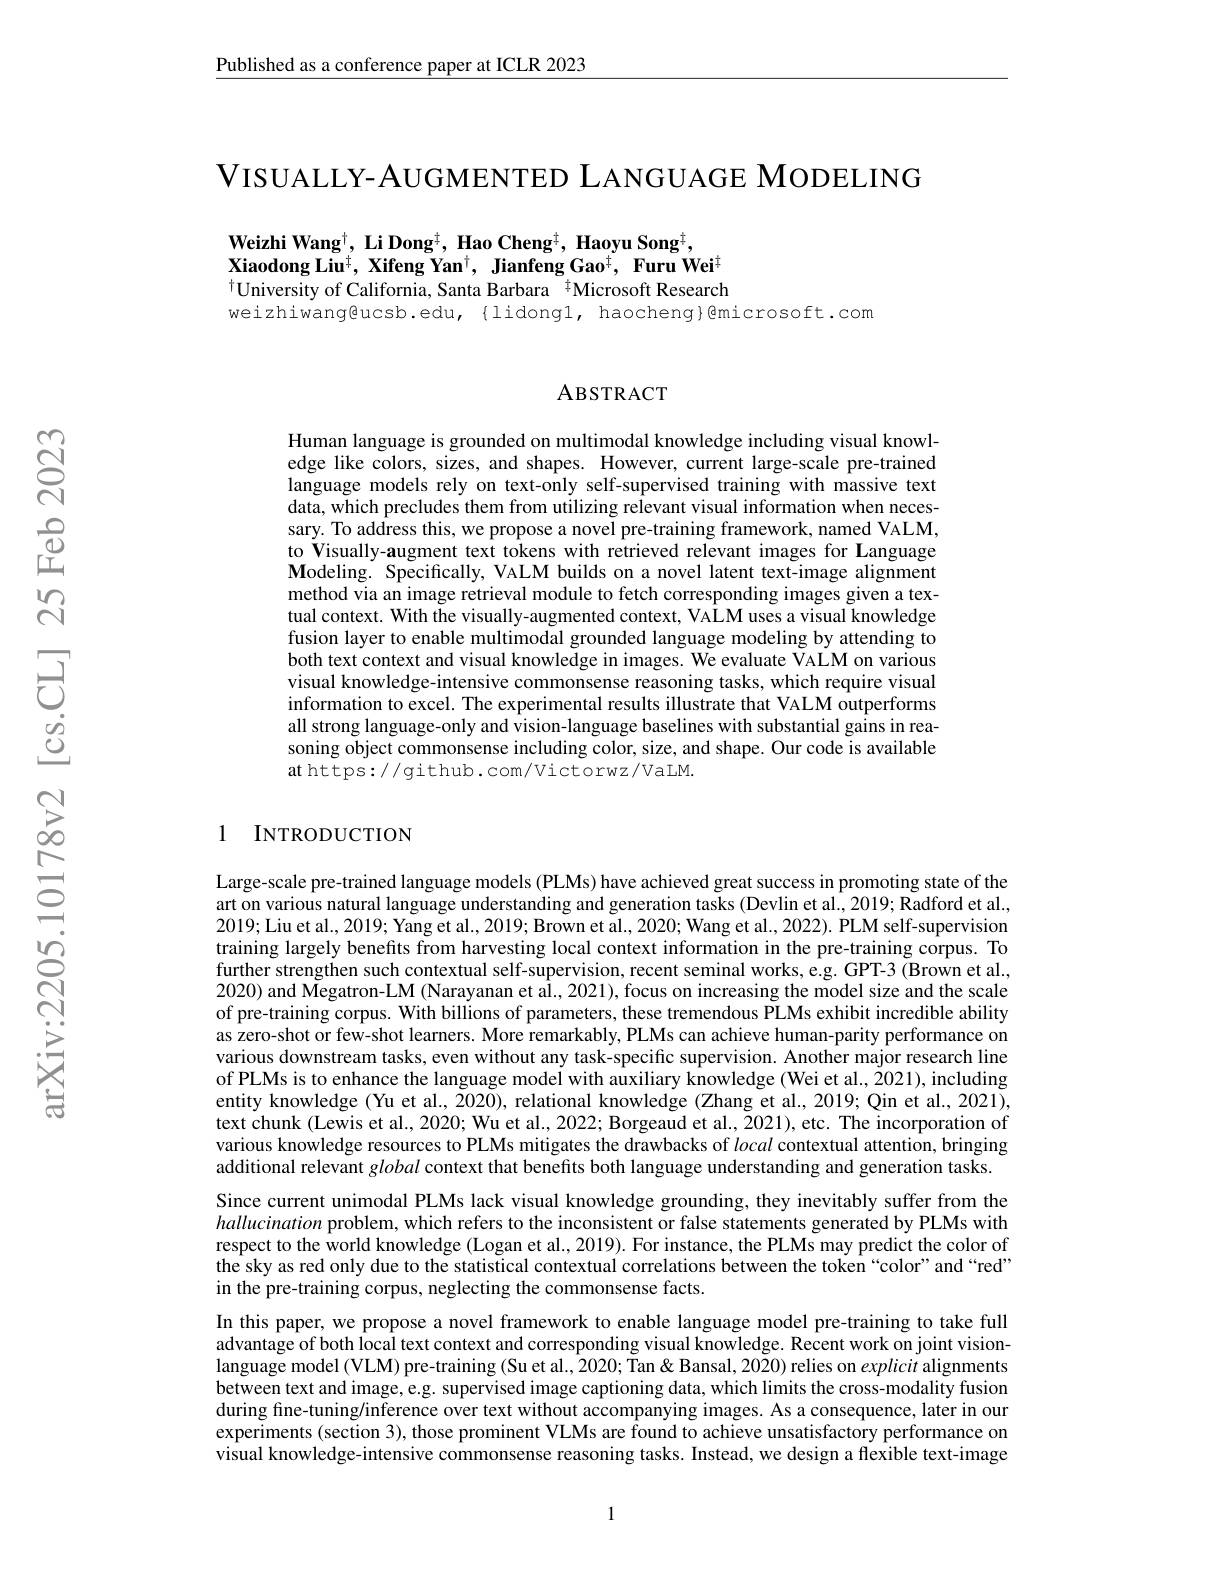
$\underline{\text{Published as a conference paper at ICLR 2023}}$

$\mathsf{VISUALLY-AUGMENTED~LANGUAGE~MODELING}$

$\mathbf{Weizhi~Wang}^{\dagger}$, Li Dong$^{\dagger},\textbf{Hao Cheng}^{\dagger},\textbf{Haoyu Song}^{\dagger}$,
Xiaodong Liu$^{\dagger},\textbf{ Xifeng Yan}^{\dagger},\textbf{ Jianfeng Gao}^{\dagger},\textbf{ Furu Wei}^{\dagger}$ $^{\dagger}$University of California, Santa Barbara $^{\dagger}$Microsoft Research weizhiwang@ucsb.edu,{lidong1, haocheng}@microsoft.com

### ABSTRACT

Human language is grounded on multimodal knowledge including visual knowledge like colors, sizes, and shapes. However, current large-scale pre-trained language models rely on text-only self-supervised training with massive text data, which precludes them from utilizing relevant visual information when necessary. To address this, we propose a novel pre-training framework, named VALM, to Visually-augment text tokens with retrieved relevant images for Language Modeling. Specifically, VALM builds on a novel latent text-image alignment method via an image retrieval module to fetch corresponding images given a textual context. With the visually-augmented context, VALM uses a visual knowledge fusion layer to enable multimodal grounded language modeling by attending to both text context and visual knowledge in images. We evaluate VALM on various visual knowledge-intensive commonsense reasoning tasks, which require visual information to excel. The experimental results illustrate that VALM outperforms all strong language-only and vision-language baselines with substantial gains in reasoning object commonsense including color, size, and shape. Our code is available at https://github.com/Victorwz/VaLM.

1 INTRODUCTION

Large-scale pre-trained language models (PLMs) have achieved great success in promoting state of the art on various natural language understanding and generation tasks (Devlin et al., 2019; Radford et al., 2019; Liu et al., 2019; Yang et al., 2019; Brown et al., 2020; Wang et al., 2022). PLM self-supervision training largely benefits from harvesting local context information in the pre-training corpus. To further strengthen such contextual self-supervision, recent seminal works, e.g. GPT-3 (Brown et al., 2020) and Megatron-LM (Narayanan et al., 2021), focus on increasing the model size and the scale of pre-training corpus. With billions of parameters, these tremendous PLMs exhibit incredible ability as zero-shot or few-shot learners. More remarkably, PLMs can achieve human-parity performance on various downstream tasks, even without any task-specific supervision. Another major research line of PLMs is to enhance the language model with auxiliary knowledge (Wei et al., 2021), including entity knowledge (Yu et al., 2020), relational knowledge (Zhang et al., 2019; Qin et al., 2021), text chunk (Lewis et al., 2020; Wu et al., 2022; Borgeaud et al., 2021), etc. The incorporation of various knowledge resources to PLMs mitigates the drawbacks of local contextual attention, bringing additional relevant global context that benefits both language understanding and generation tasks. Since current unimodal PLMs lack visual knowledge grounding, they inevitably suffer from the hallucination problem, which refers to the inconsistent or false statements generated by PLMs with respect to the world knowledge (Logan et al., 2019). For instance, the PLMs may predict the color of the sky as red only due to the statistical contextual correlations between the token “color”and“red” in the pre-training corpus, neglecting the commonsense facts.
In this paper, we propose a novel framework to enable language model pre-training to take full advantage of both local text context and corresponding visual knowledge. Recent work on joint visionlanguage model (VLM) pre-training (Su et al., 2020; Tan & Bansal, 2020) relies on explicit alignments between text and image, e.g. supervised image captioning data, which limits the cross-modality fusion during fine-tuning/inference over text without accompanying images. As a consequence, later in our experiments (section 3), those prominent VLMs are found to achieve unsatisfactory performance on

visual knowledge-intensive commonsense reasoning tasks. Instead, we design a flexible text-image

1